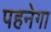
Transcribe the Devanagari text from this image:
पहनेगा